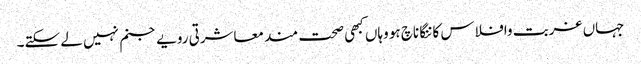
جہاں غربت وافلاس کاننگا ناچ ہو وہاں کبھی صحت مند معاشرتی رویے جنم نہیں لے سکتے۔